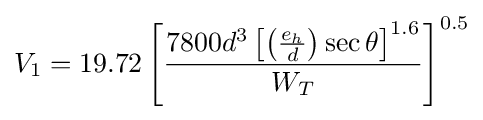
V_{1}=19.72\left[{\frac {7800d^{3}\left[\left({\frac {e_{h}}{d}}\right)\sec \theta \right]^{1.6}}{W_{T}}}\right]^{0.5}